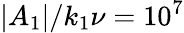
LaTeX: |A_{1}|/k_{1}\nu=10^{7}